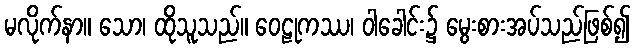
မလိုက်နာ။ သော၊ ထိုသူသည်။ ဝေဠုကဿ၊ ဝါခေါင်း၌ မွေးစားအပ်သည်ဖြစ်၍